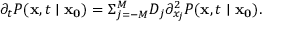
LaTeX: \partial _ { t } P ( \mathbf { x } , t \mid \mathbf { x _ { 0 } } ) = \Sigma _ { j = - M } ^ { M } D _ { j } \partial _ { x _ { j } } ^ { 2 } P ( \mathbf { x } , t \mid \mathbf { x _ { 0 } } ) .